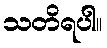
သတိရပါ။